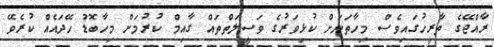
ރާއްޖޭގެ ތާރީހުގައިވެސް މިހާތަނަށް ކުޅިވަރުގެ ވަސީލަތްތައް ގާއިމް ކުރުމަށް މިހާބޮޑު ހޭދައެއް ކުރެވޭ